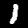
Label: 1